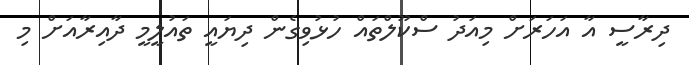
ދިރާސީ އާ އަހަރަށް މިއަދު ސްކޫލްތައް ހުޅުވިގެން ދިޔައީ ތައުލީމީ ދާއިރާއަށް މި